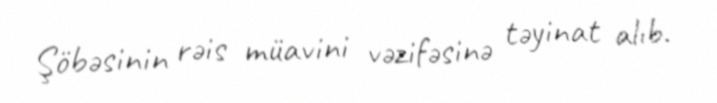
Şöbəsinin rəis müavini vəzifəsinə təyinat alıb.